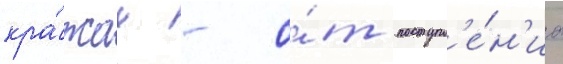
кра́жах - о́т поступл'е́н'иа